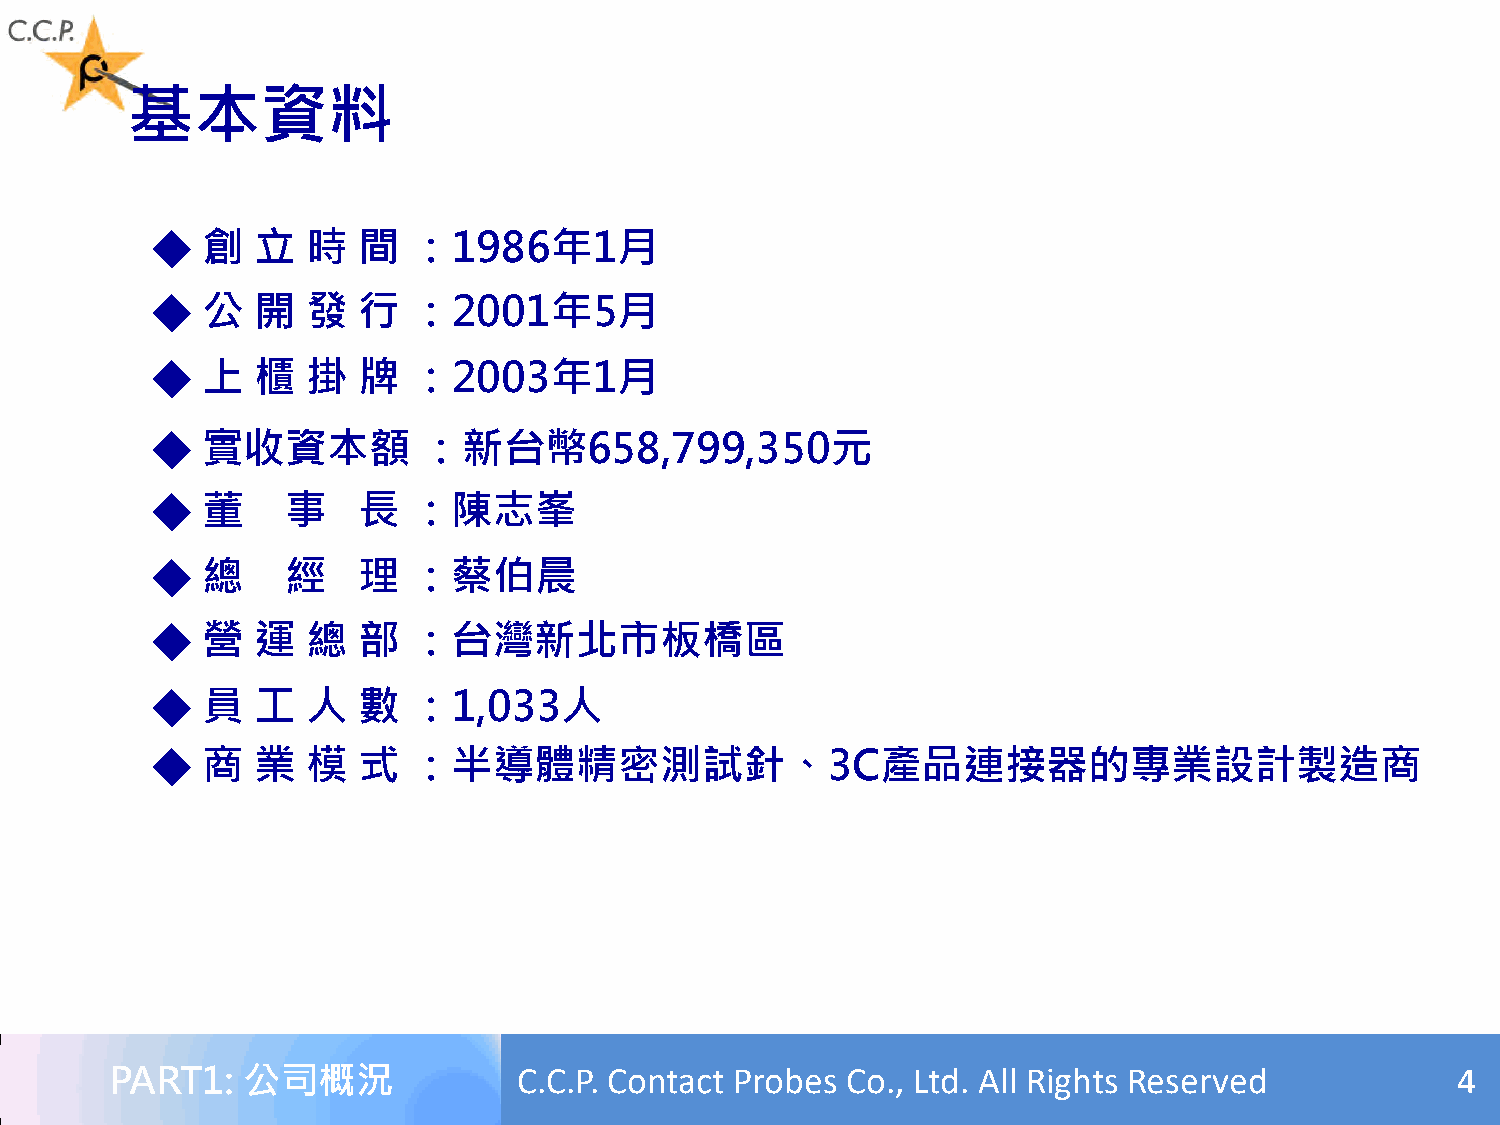
基本資料
 ◆  創   立  時   間  ：1986年1月
 ◆  公   開  發   行  ：2001年5月
 ◆  上   櫃  掛   牌  ：2003年1月
 ◆  實收資本額          ：新台幣658,799,350元
 ◆  董     事    長  ：陳志峯
 ◆  總     經    理  ：蔡伯晨
 ◆  營   運  總   部  ：台灣新北市板橋區
 ◆  員   工  人   數  ：1,033人
 ◆  商   業  模   式  ：半導體精密測試針、3C產品連接器的專業設計製造商
 PART1:   公司概況              C.C.P. Contact Probes Co., Ltd. All Rights Reserved           4